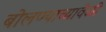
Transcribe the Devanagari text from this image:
बोलण्याच्यावेळी